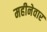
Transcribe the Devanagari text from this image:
महीनेवार